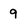
Character: 9